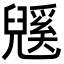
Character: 𭀹